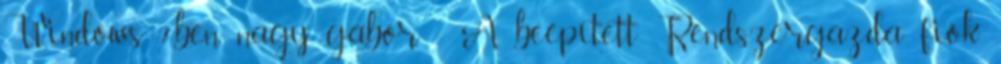
Windows 7-ben nagy gábor - A beépített Rendszergazda fiók